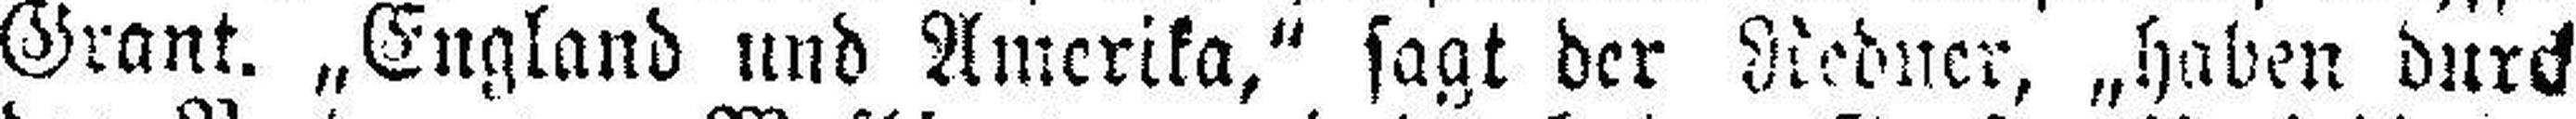
Grant. „England und Amerika,“ sagt der Redner, „haben durch